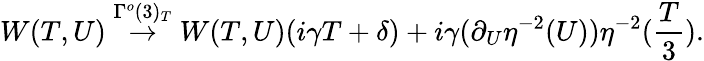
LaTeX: W(T,U)\stackrel{\Gamma^{o}(3)_{T}}{\rightarrow}W(T,U)(i\gamma T+\delta)+i\gamma(\partial_{U}\eta^{-2}(U))\eta^{-2}(\frac{T}{3}).